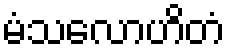
မံသလောဟိတံ